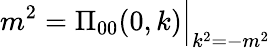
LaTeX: m^{2}=\Pi_{00}(0,k)\Big|_{k^{2}=-m^{2}}